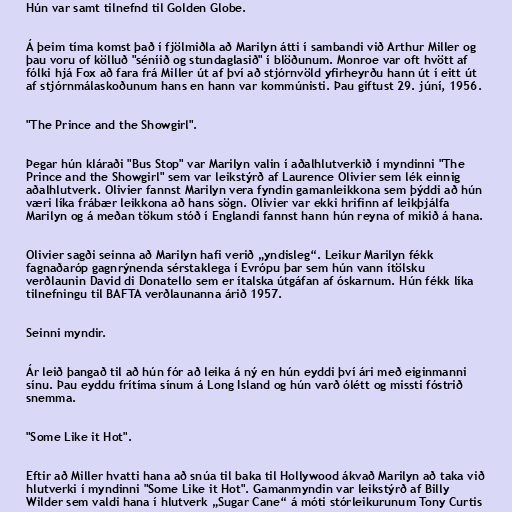
Hún var samt tilnefnd til Golden Globe.

Á þeim tíma komst það í fjölmiðla að Marilyn átti í sambandi við Arthur Miller og
þau voru of kölluð "séníið og stundaglasið" í blöðunum. Monroe var oft hvött af
fólki hjá Fox að fara frá Miller út af því að stjórnvöld yfirheyrðu hann út í eitt út
af stjórnmálaskoðunum hans en hann var kommúnisti. Þau giftust 29. júní, 1956.

"The Prince and the Showgirl".

Þegar hún kláraði "Bus Stop" var Marilyn valin í aðalhlutverkið í myndinni "The
Prince and the Showgirl" sem var leikstýrð af Laurence Olivier sem lék einnig
aðalhlutverk. Olivier fannst Marilyn vera fyndin gamanleikkona sem þýddi að hún
væri líka frábær leikkona að hans sögn. Olivier var ekki hrifinn af leikþjálfa
Marilyn og á meðan tökum stóð í Englandi fannst hann hún reyna of mikið á hana.

Olivier sagði seinna að Marilyn hafi verið „yndisleg“. Leikur Marilyn fékk
fagnaðaróp gagnrýnenda sérstaklega í Evrópu þar sem hún vann ítölsku
verðlaunin David di Donatello sem er ítalska útgáfan af óskarnum. Hún fékk líka
tilnefningu til BAFTA verðlaunanna árið 1957.

Seinni myndir.

Ár leið þangað til að hún fór að leika á ný en hún eyddi því ári með eiginmanni
sínu. Þau eyddu frítíma sínum á Long Island og hún varð ólétt og missti fóstrið
snemma.

"Some Like it Hot".

Eftir að Miller hvatti hana að snúa til baka til Hollywood ákvað Marilyn að taka við
hlutverki í myndinni "Some Like it Hot". Gamanmyndin var leikstýrð af Billy
Wilder sem valdi hana í hlutverk „Sugar Cane“ á móti stórleikurunum Tony Curtis